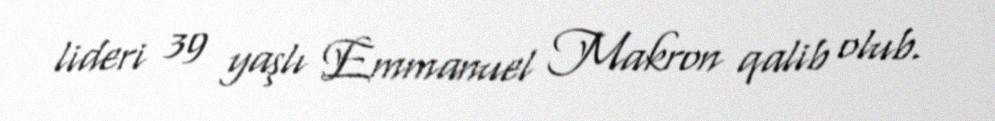
lideri 39 yaşlı Emmanuel Makron qalib olub.